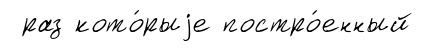
раз кото́рыjе постро́енный